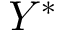
Y ^ { * }